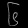
Digit: ၆